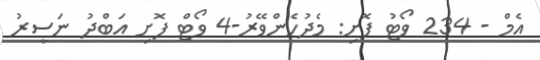
އެމް - 234 ވޯޓު ފޮށި: މެދުހެންވޭރު-4 ވޯޓް ފޮށި އަބްދު ނަސީރު